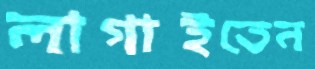
লাগাইতেন